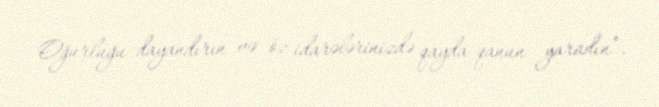
Oğurluğu dayandırın və öz idarələrinizdə qayda-qanun yaradın”.